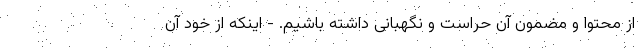
از محتوا و مضمون آن حراست و نگهبانی داشته باشیم. - اینکه از خود آن